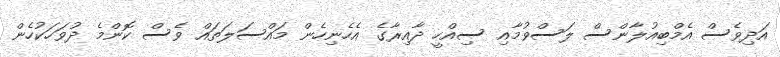
އަދިވެސް އެމްބިއުލާންސް ލަސްވުމާއި ސިއްހީ ދާއިރާގެ އެހެނިހެން މައްސަލަތައް ވެސް ކޮންމެ ދުވަހަކުހެން